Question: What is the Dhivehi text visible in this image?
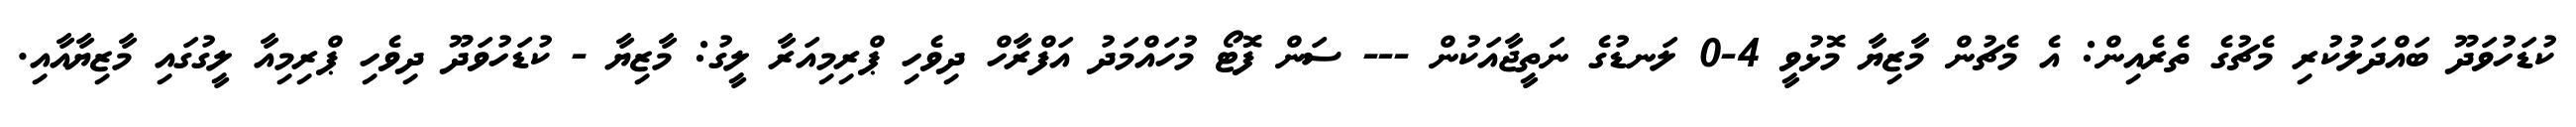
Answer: ކުޑަހުވަދޫ ބައްދަލުކުރި މެޗުގެ ތެރެއިން: އެ މެޗުން މާޒިޔާ މޮޅުވީ 4-0 ލަނޑުގެ ނަތީޖާއަކުން --- ސަން ފޮޓޯ މުހައްމަދު އަފްރާހް ދިވެހި ޕްރިމިއަރާ ލީގު: މާޒިޔާ - ކުޑަހުވަދޫ ދިވެހި ޕްރިމިއާ ލީގުގައި މާޒިޔާއާއި.